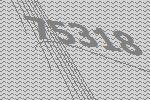
75318